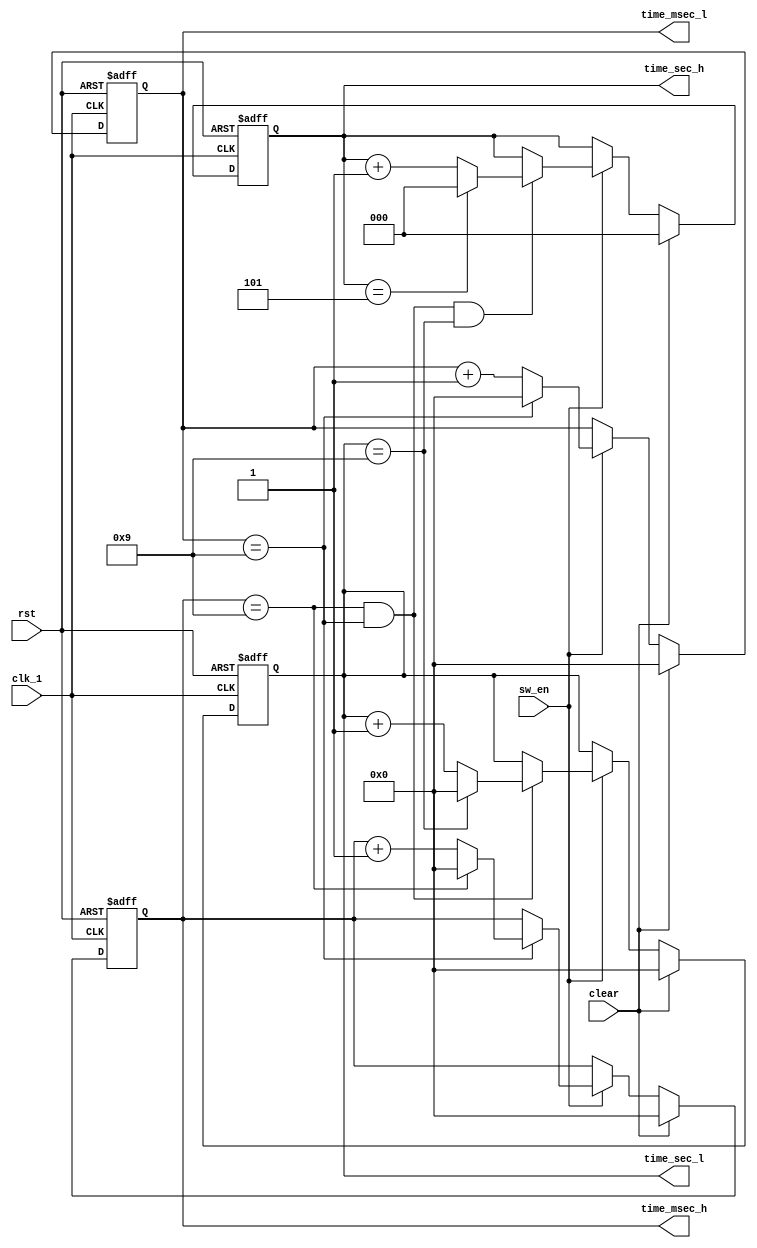

// -----------------------------------------------------------------------------
// A 60:00 ms counter
// -----------------------------------------------------------------------------
// Create : 2020-05-25 15:25:31
// Revise : 2020-05-25 15:25:31
// Editor : sublime text3, tab size (4)
// -----------------------------------------------------------------------------

module counter(clk_1, rst, clear, sw_en, time_sec_h, time_sec_l, time_msec_h, time_msec_l);

//--- port definition ---
input clk_1, rst, clear, sw_en;
output [2:0] time_sec_h;
output [3:0] time_sec_l, time_msec_l, time_msec_h;

reg [2:0] time_sec_h;
reg [3:0] time_sec_l, time_msec_l, time_msec_h;


//counter for mini second low bits
always @(posedge clk_1 or negedge rst) begin
	if (!rst) begin
		// reset
		time_msec_l <= 0;
	end
	else if (clear) begin
		time_msec_l <= 0;
	end
	else begin
		if (sw_en) begin
			if (time_msec_l == 9)
			time_msec_l <= 0;
			else
			time_msec_l <= time_msec_l+1;
		end
		else 
			time_msec_l <= time_msec_l;

	end

end

//counter for mini second high bits
always @(posedge clk_1 or negedge rst) begin
	if (!rst) begin
		// reset
		time_msec_h <= 0;
	end
	else if (clear) begin
		time_msec_h <= 0;
	end
	else begin
		if (sw_en) begin
			if (time_msec_l == 9) begin
				if (time_msec_h == 9)
					time_msec_h <= 0;
				else
					time_msec_h <= time_msec_h+1;
			end
			else begin
				time_msec_h <= time_msec_h;
			end
		end
	end

end

//counter for second low bits
always @(posedge clk_1 or negedge rst) begin
	if (!rst) begin
		// reset
		time_sec_l <= 0;
	end
	else if (clear) begin
		time_sec_l <= 0;
	end
	else begin
		if (sw_en) begin
			if (time_msec_h == 9 && time_msec_l == 9) begin
				if (time_sec_l == 9)
					time_sec_l <= 0;
				else
					time_sec_l <= time_sec_l+1;
			end
			
			else
			time_sec_l <= time_sec_l;
		end
	end

end

//counter for second high bits
always @(posedge clk_1 or negedge rst) begin
	if (!rst) begin
		// reset
		time_sec_h <= 0;
	end
	else if (clear) begin
		time_sec_h <= 0;
	end
	else begin
		if (sw_en) begin
			if (time_msec_h == 9 && time_msec_l == 9 && time_sec_l == 9)
				if (time_sec_h == 5)
					time_sec_h <= 0;
				else
					time_sec_h <= time_sec_h+1;
			else
			time_sec_h <= time_sec_h;
		end
	end

end

endmodule